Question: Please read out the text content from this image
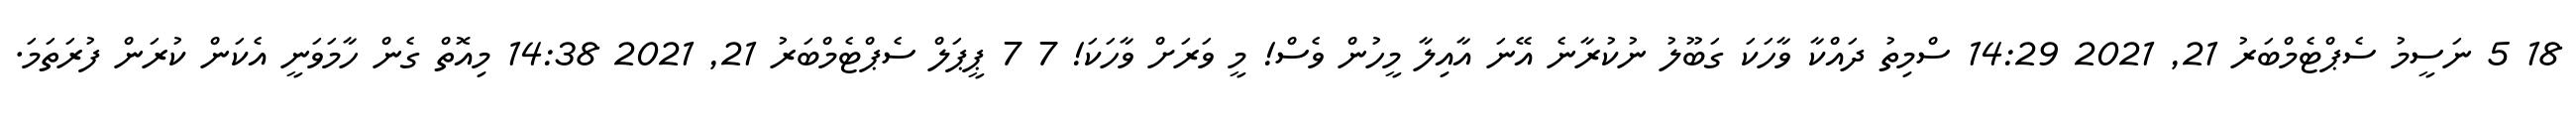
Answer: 18 5 ނަސީމު ސެޕްޓެމްބަރު 21, 2021 14:29 ސްމިތު ދައްކާ ވާހަކަ ގަބޫލު ނުކުރާނެ އޭނަ އާއިލާ މީހުން ވެސް! މީ ވަރަށް ވާހަކަ! 7 7 ޕީޕަލް ސެޕްޓެމްބަރު 21, 2021 14:38 މިއޮތް ގެން ހާމަވަނީ އެކަން ކުރަން ފުރަތަމަ.